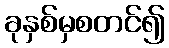
ခုနှစ်မှစတင်၍